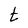
Character: t